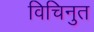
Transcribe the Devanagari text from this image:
विचिनुत